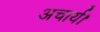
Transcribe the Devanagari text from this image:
अचार्य।